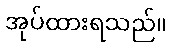
အုပ်ထားရသည်။